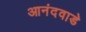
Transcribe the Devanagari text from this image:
आनंदवाडे